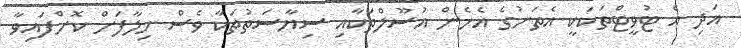
އަދި އެ ޓުވީޓްތަކަކީ އެތަނުގެ އެހެން އުސޫލްތަކާއި ސިޔާސަތުތަކާ ވެސް ހިލާފަށް ކޮށްފައިވާ